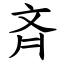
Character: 斉